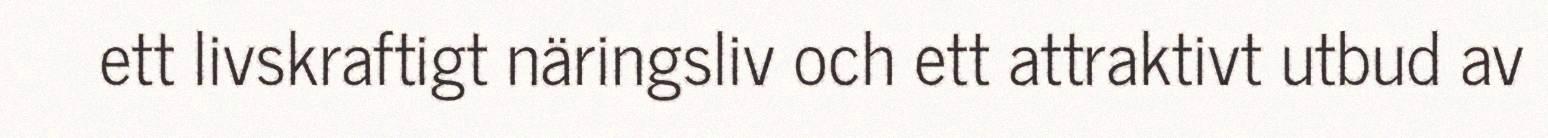
ett livskraftigt näringsliv och ett attraktivt utbud av